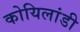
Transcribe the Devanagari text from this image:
कोयिलांडी